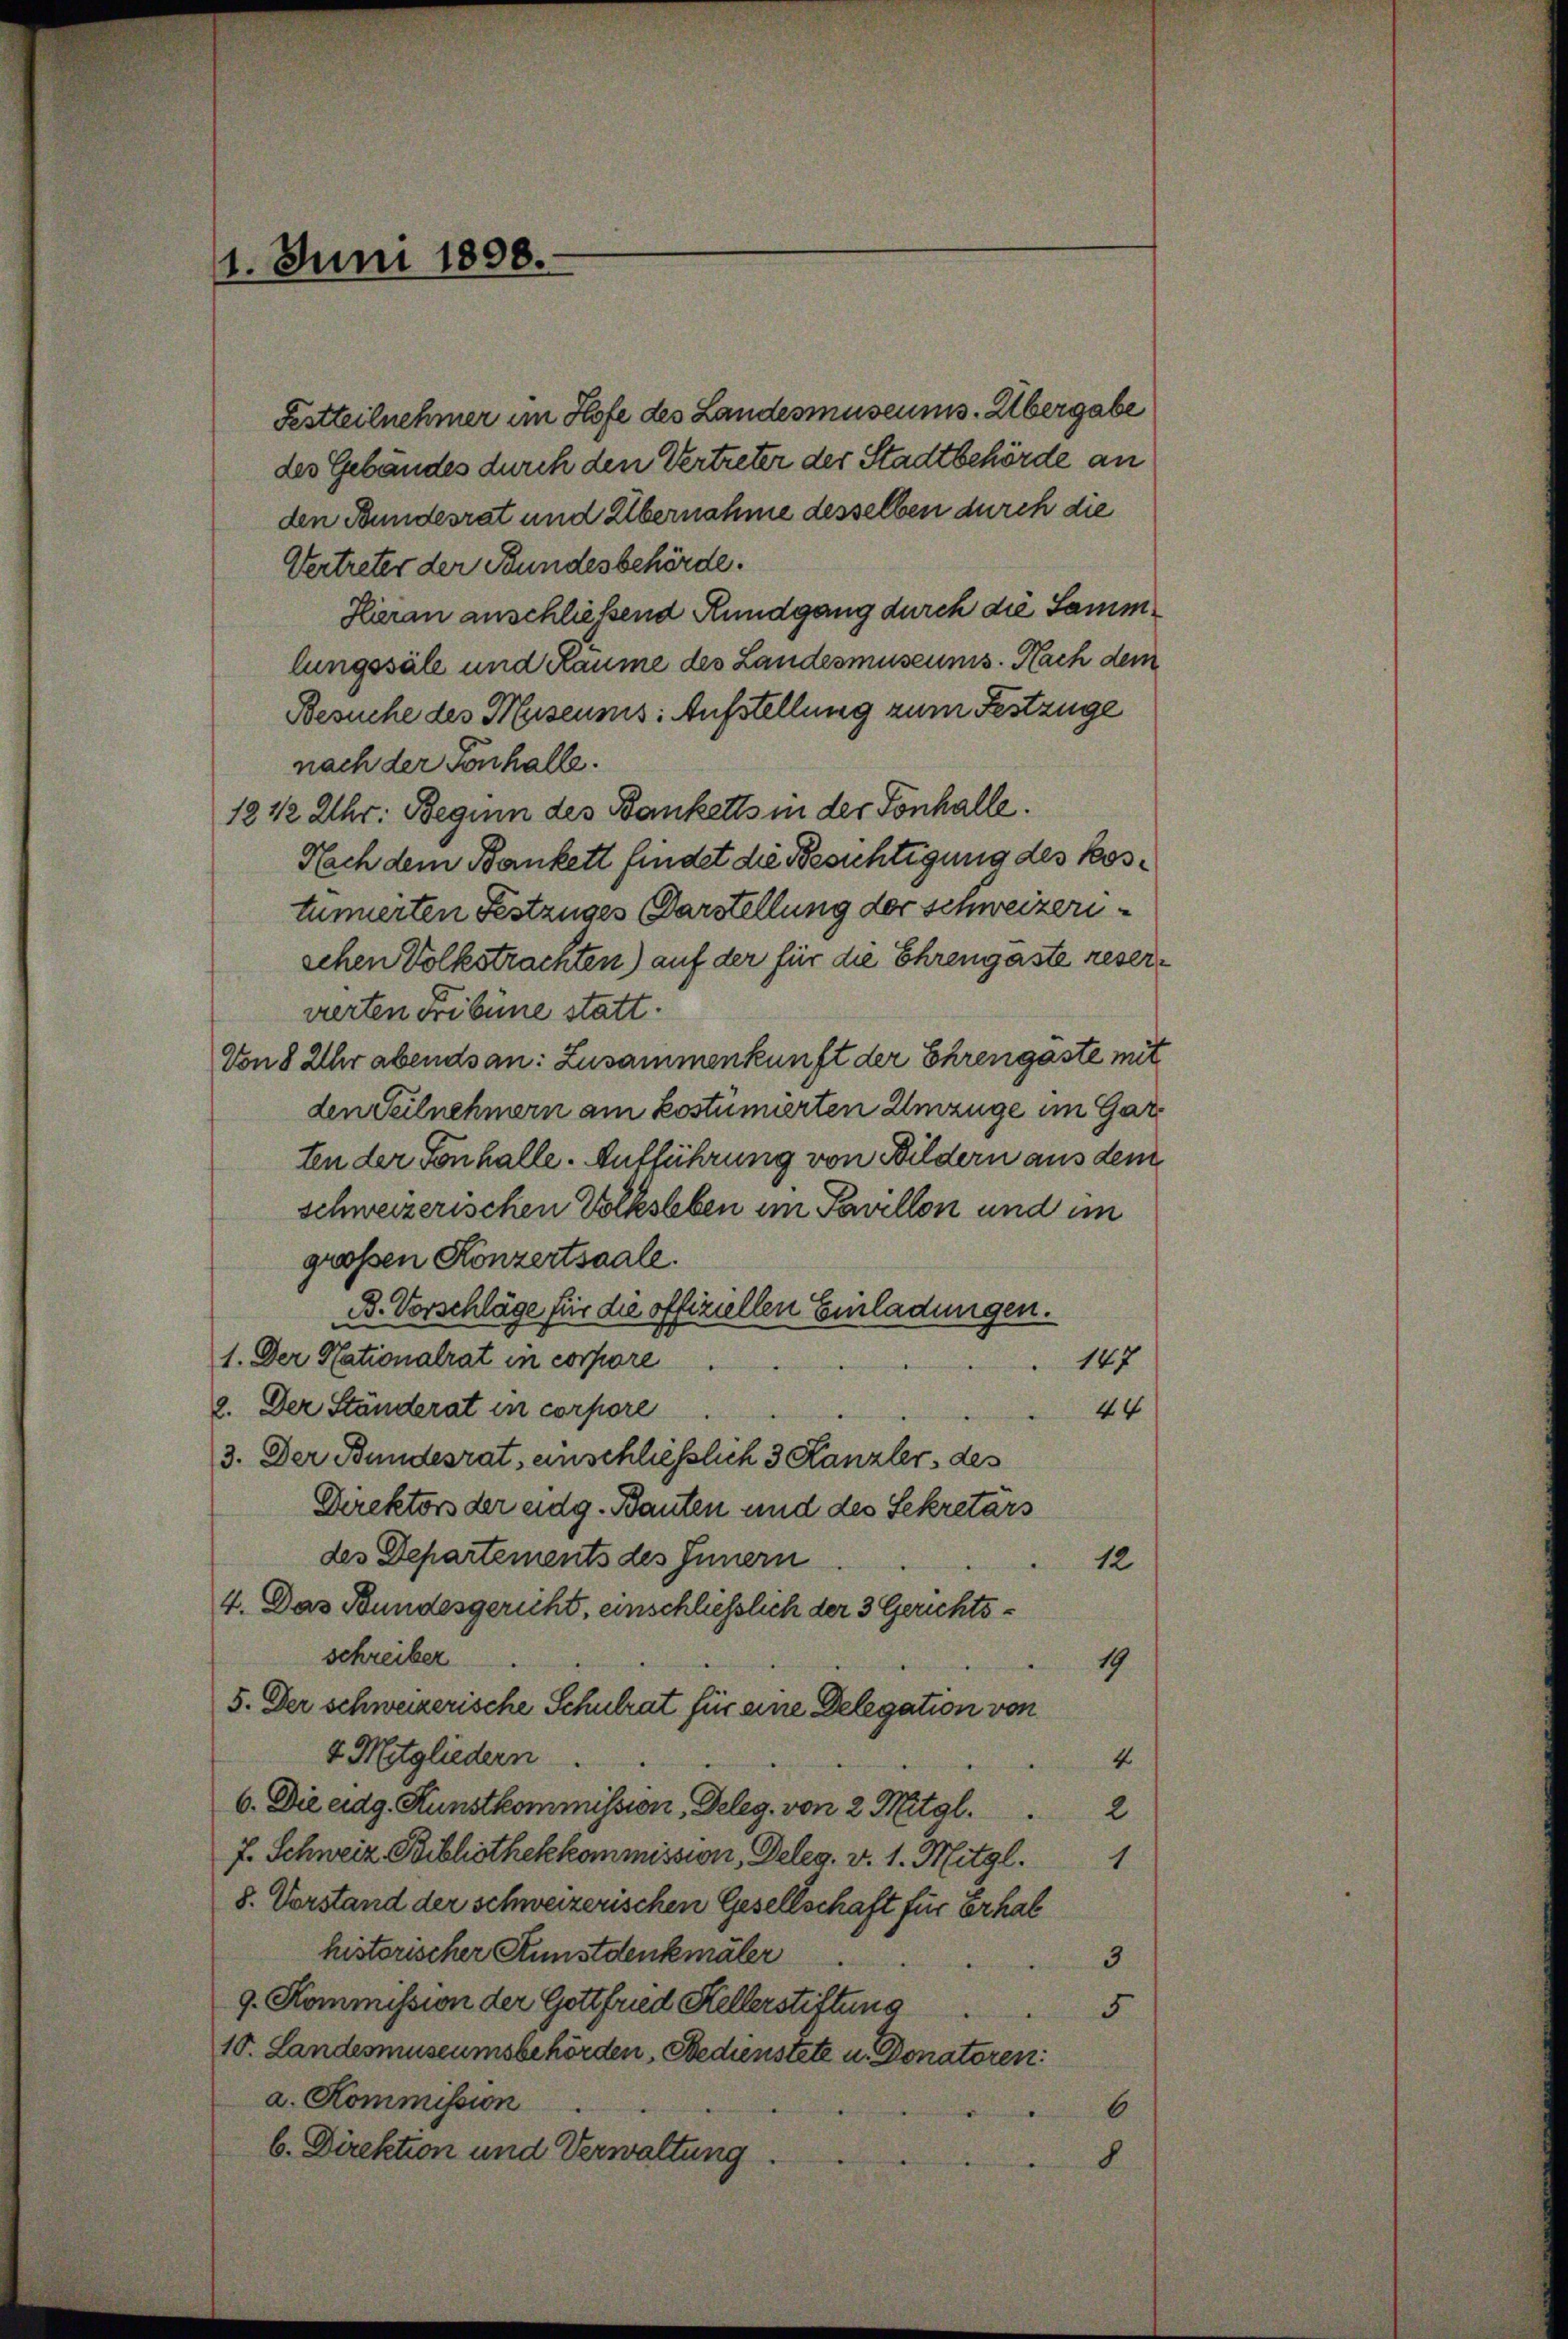
Festteilnehmer im Hofe des Landesmuseums. Übergabe
des Gebäudes durch den Vertreter der Stadtbehörde an
den Bundesrat und Übernahme desselben durch die
Vertreter der Bundesbehörde.
Hieran anschließend Rundgang durch die Sammlungssäle und Räume des Landesmuseums. Nach dem
Besuche des Museums: Aufstellung zum Festzuge
nach der Tonhalle.
1812 Uhr. Beginn des Banketts in der Tonhalle.
Nach dem Bankett findet die Besichtigung des Kostumierten Festzuges Darstellung der schweizerischen Volkstrachten) auf der für die Ehrengäste reservierten Fribüne statt.
Von 8 Uhr abends an: Zusammenkunft der Ehrengaste mit
den Teilnehmern am kostümierten Umzüge im Garten der Tonhalle. Aufführung von Bildern aus dem
schweizerischen Volksleben im Pavillon und im
grossen Konzertsaale.
B. Vorschläge für die offiziellen Einladungen.
1. Der Nationalrat in corpore
187
.
2. Der Ständerat in corpore
44
3. Der Bundesrat, einschliesslich 3 Kanzler des
Direktors der eidg. Bauten und des Sekretärs
des Departements des Innern.
12
4. Das Bundesgericht, einschliesslich der 3 Gerichtsschreiber
19
5. Der schweizerische Schulrat für eine Delegation von
4 Mitgliedern
.
6. Die eidg. Kunstkommission, Deleg. von 2 Mitgl.2
J. Schweiz Bibliothekkommission, Deleg. v. 1. Mitgl.1
8. Vorstand der schweizerischen Gesellschaft für Erhal
historischer Kunstdenkmäler
3

9. Kommission der Gottfried Kellerstiftung
5
10. Landesmuseumsbehörden, Bedienstete u. Donatoren
a. Kommission
6
b. Direktion und Verwaltung
8

11. Juni 1898.